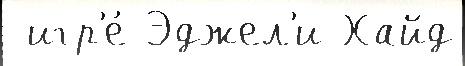
 игр'е́ Эджел'и Хайд